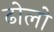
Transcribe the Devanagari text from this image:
ढोलो